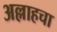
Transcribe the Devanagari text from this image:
अल्लाहचा